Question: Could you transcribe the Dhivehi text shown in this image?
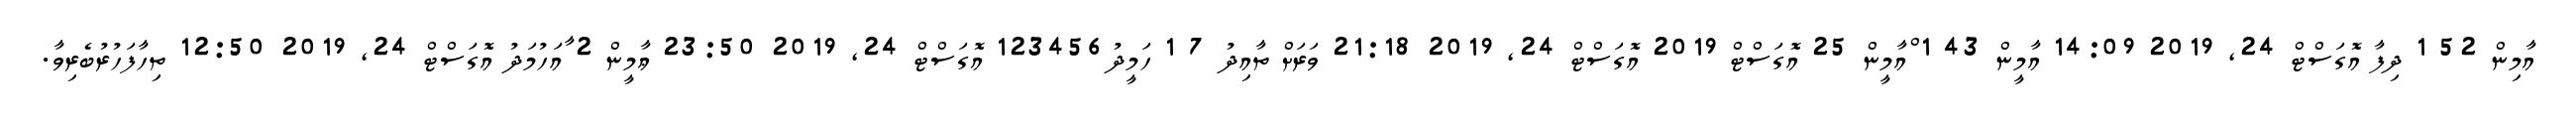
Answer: އާމިން 52 1 ދިފާ އޮގަސްޓް 24, 2019 14:09 އާމީން 43 1 ްއާމީން 25 އޮގަސްޓް 2019 އޮގަސްޓް 24, 2019 21:18 ވަރަށް ތާއިދު 7 1 ހަމީދު123456 އޮގަސްޓް 24, 2019 23:50 ޢާމީން 2 ާއަހުމަދު އޮގަސްޓް 24, 2019 12:50 ތިހާފަހުރުބެރިވާ.